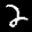
Label: 2